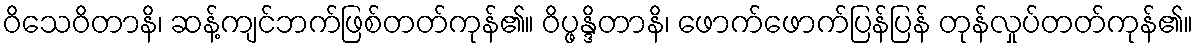
ဝိသေဝိတာနိ၊ ဆန့်ကျင်ဘက်ဖြစ်တတ်ကုန်၏။ ဝိပ္ဖန္ဒိတာနိ၊ ဖောက်ဖောက်ပြန်ပြန် တုန်လှုပ်တတ်ကုန်၏။